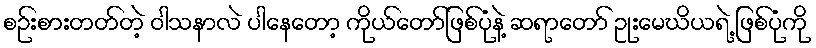
စဉ်းစားတတ်တဲ့ ဝါသနာလဲ ပါနေတော့ ကိုယ်တော်ဖြစ်ပုံနဲ့ ဆရာတော် ဥုးမေဃိယရဲ့ ဖြစ်ပုံကို